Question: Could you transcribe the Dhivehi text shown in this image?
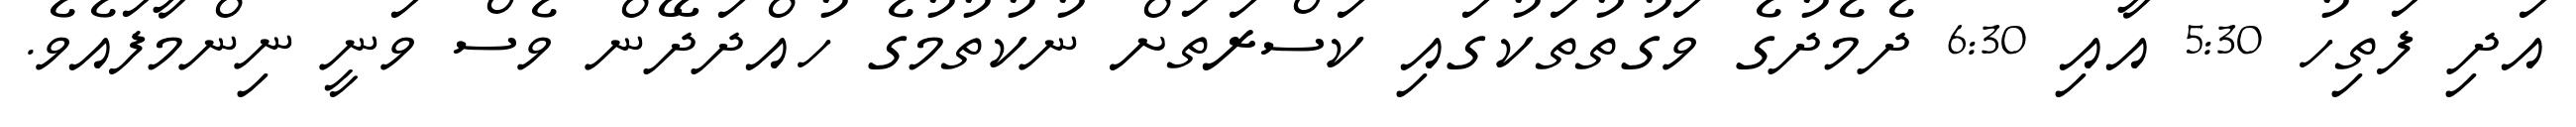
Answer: އަދި ފަތިހު 5:30 އާއި 6:30 ދެމެދުގެ ވަގުތުތަކުގައި ކަސްރަތަށް ނުކުތުމުގެ ހުއްދަދޭން ވެސް ވަނީ ނިންމާފައެވެ.